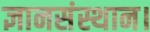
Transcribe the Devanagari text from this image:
ज्ञानसंस्थान।